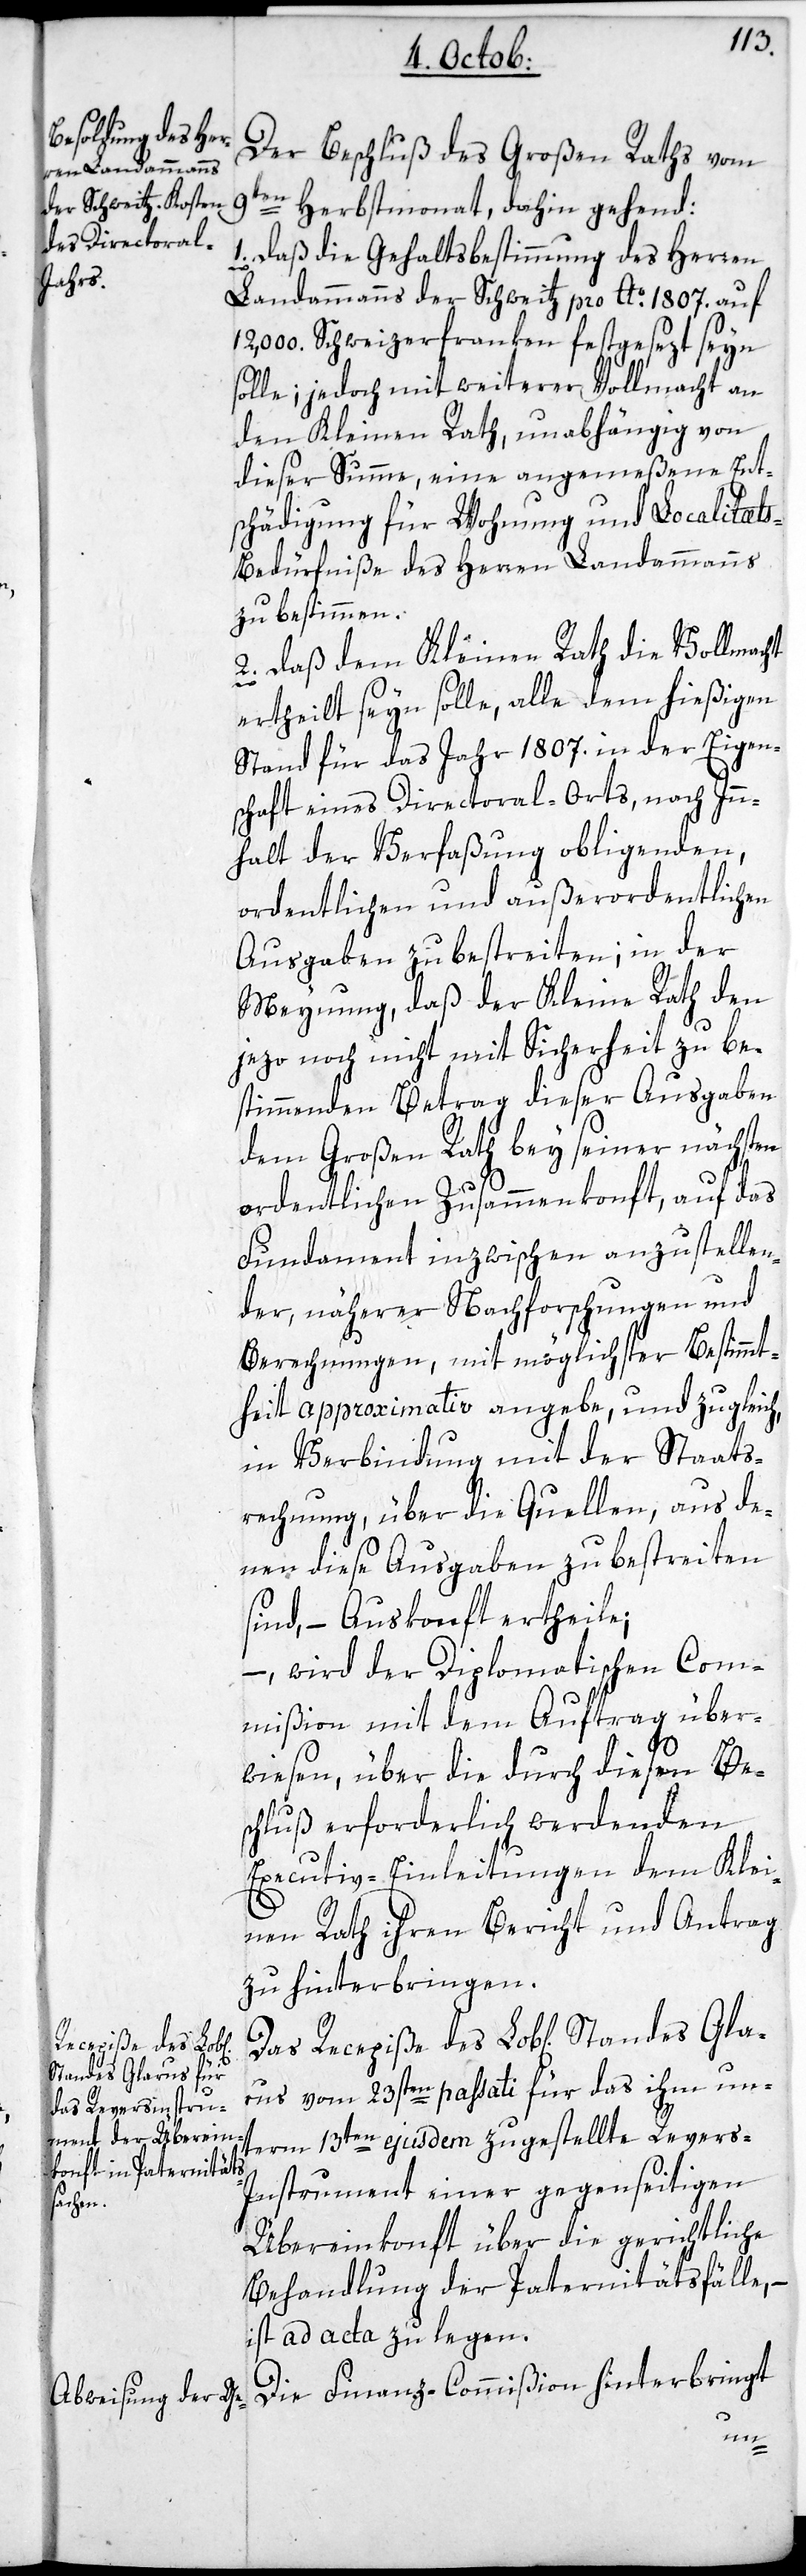
Recepiße des Lob¬
l[ichen]

Der Beschluß des Großen Raths vom
Gla¬
n Herbstmonat, dahin gehend:
1. Daß die Gehaltsbestimmung des Herren
Landammanns der Schweitz pro Ao. 1807. auf
000. Schweizerfranken festgesezt sein
solle, jedoch mit weiterer Vollmacht an
den Kleinen Rat, unabhängig von
dieser Summe, eine angemeßene Ent¬
schädigung für Wohnung und Localitæts¬
bedürfniße des Herren Landammanns
zu bestimmen.
2. daß dem Kleinen Rath die Vollmacht
ertheilt seyn solle, alle dem hießigen
Stand für das Jahr 1807. in der Eigen¬
schaft eines Directoral-Orts, nach In¬
nhalt der Verfaßung obliegenden,
ordentlichen und außerordentlichen
Ausgaben zu bestreiten; in der
Meynung, daß der Kleine Rath den
jezo noch nicht mit Sicherheit zu be¬
stimmenden Betrag dieser Ausgaben
dem Großen Rath bey seiner nächsten
ordentlichen Zusammenkonft, auf das
Fundament inzwischen anzustellen¬
der, näherer Nachforschungen und
Berechnungen, mit möglichster Bestimmt¬
heit approximativ angebe, und zugleich
in Verbindung mit der Staats¬
rechnung, über die Quellen, aus de¬
nen diese Ausgaben zu bestreiten
sind, – Auskonft ertheile;
–, wird der Diplomatischen Com¬
mißion mit dem Auftrag über¬
wiesen, über die durch diesen Be¬
schluß erforderlich werdenden
Executiv-Einleitungen dem Klei¬
nen Rath ihren Bericht und Antrag
zu hinterbringen.
rus vom 23sten passati, für das ihm un¬
term 13ten ejusdem zugestellte Revers-I¬
nstrument einer gegenseitigen
Übereinkonft über die gerichtliche
Behandlung der Paternitätsfälle, –
ist ad acta zu legen.
Die Finanz-Commißion hinterbringt